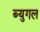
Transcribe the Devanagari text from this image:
ब्युगल